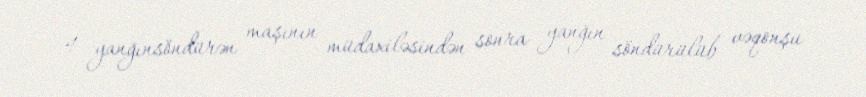
4 yanğınsöndürən maşının müdaxiləsindən sonra yanğın söndürülüb vəqonşu